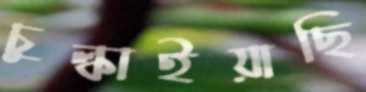
চুল্‌কাইয়াছি